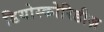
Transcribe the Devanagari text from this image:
डियोस्कोरिडीज़